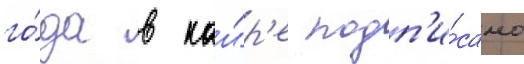
го́да в каи́р'е подп'и́сано